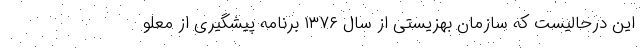
این درحالیست که سازمان بهزیستی از سال ۱۳۷۶ برنامه پیشگیری از معلو